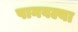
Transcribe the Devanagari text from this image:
पानवल्या